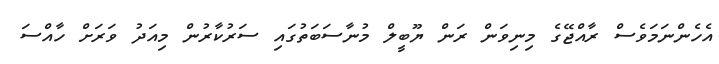
އެހެންނަމަވެސް ރާއްޖޭގެ މިނިވަން ރަން ޔޫބީލް މުނާސަބަތުގައި ސަރުކާރުން މިއަދު ވަރަށް ހާއްސަ